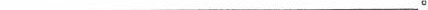
___。